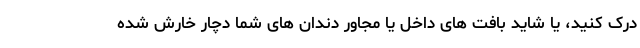
درک کنید، یا شاید بافت های داخل یا مجاور دندان های شما دچار خارش شده